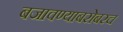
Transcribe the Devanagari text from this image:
बजावण्याबरोबरच